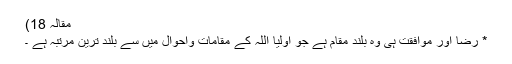
مقالہ 18)
* رضا اور موافقت ہی وہ بلند مقام ہے جو اولیا اللہ کے مقامات واحوال میں سے بلند ترین مرتبہ ہے ۔